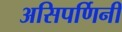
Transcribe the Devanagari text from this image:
असिपर्णिनी